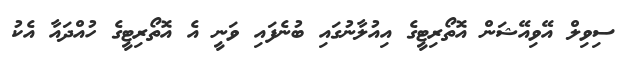
ސިވިލް އޭވިއޭޝަން އޮތޯރިޓީގެ އިއުލާނުގައި ބުނެފައި ވަނީ އެ އޮތޯރިޓީގެ ހުއްދައާ އެކު